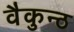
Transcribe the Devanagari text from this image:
वैकुन्ठ